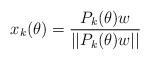
LaTeX: \begin{align*} x_k(\theta) = \frac{P_k(\theta)w}{||P_k(\theta)w||}\end{align*}